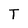
Character: T